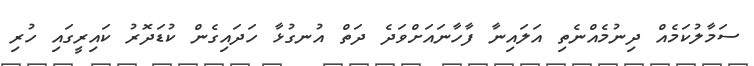
ސަމާލުކަމެއް ދިނުމެއްނެތި އަލައިނާ ފާހާނައަށްވަދެ ދަތް އުނގުޅާ ހަދައިގެން ކުޑަދޮރު ކައިރީގައި ހުރި